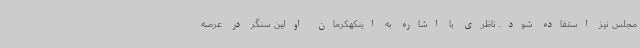
مجلس نیز استفاده شود. ناظری با اشاره به اینکهکرمان اولین سنگر در عرصه